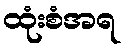
ထုံးစံအရ